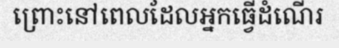
ព្រោះនៅពេលដែលអ្នកធ្វើដំណើរ